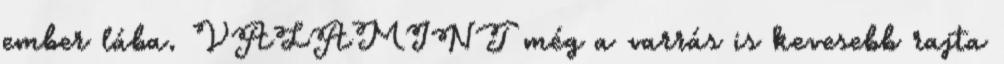
ember lába. VALAMINT még a varrás is kevesebb rajta